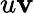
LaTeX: u\mathbf{v}